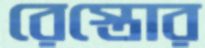
রেস্তোর